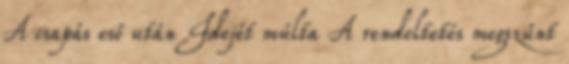
A csapás eső után Idejét múlta A rendeltetés megszűnt